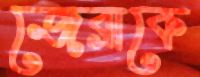
জেব্রাকে